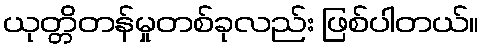
ယုတ္တိတန်မှုတစ်ခုလည်း ဖြစ်ပါတယ်။